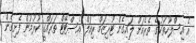
އެ އިސްލާހުތަކުގެ ތެރެއަށް ލައިގެން ޓޫރިޒަމް ރިއަލް އެސްޓޭޓް ތަރައްގީ ކުރުމުން ފެށިގެން